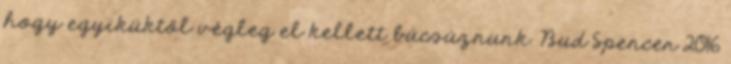
hogy egyiküktől végleg el kellett búcsúznunk. Bud Spencer 2016